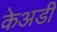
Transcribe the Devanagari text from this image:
केअडी